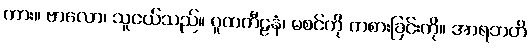
ကား။ ဗာလော၊ သူငယ်သည်။ ဂူထကီဠနံ၊ မစင်ကို ကစားခြင်းကို။ အာရဘတိ